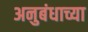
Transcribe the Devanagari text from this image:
अनुबंधाच्या